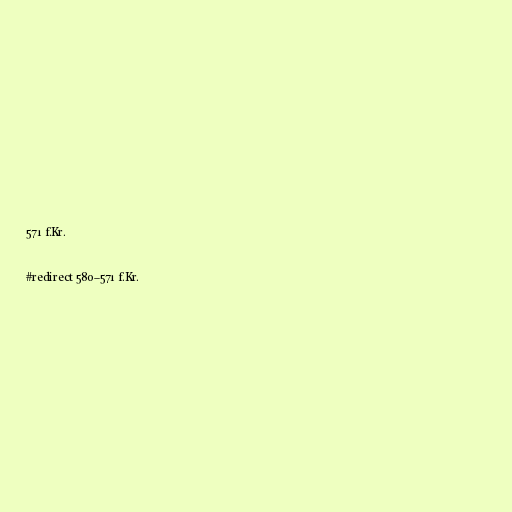
571 f.Kr.

#redirect 580–571 f.Kr.